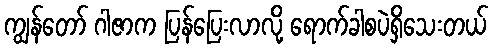
ကျွန်တော် ဂါဇာက ပြန်ပြေးလာလို့ ရောက်ခါစပဲရှိသေးတယ်